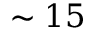
\sim 1 5